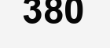
380